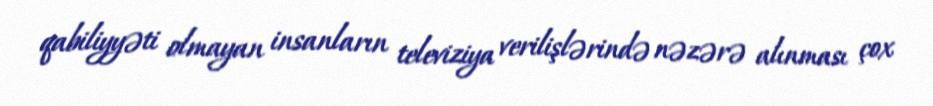
qabiliyyəti olmayan insanların televiziya verilişlərində nəzərə alınması çox